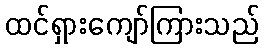
ထင်ရှားကျော်ကြားသည်